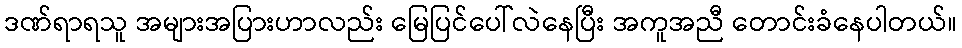
ဒဏ်ရာရသူ အများအပြားဟာလည်း မြေပြင်ပေါ်လဲနေပြီး အကူအညီ တောင်းခံနေပါတယ်။